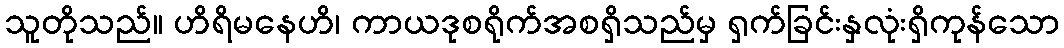
သူတိုသည်။ ဟိရိမနေဟိ၊ ကာယဒုစရိုက်အစရှိသည်မှ ရှက်ခြင်းနှလုံးရှိကုန်သော